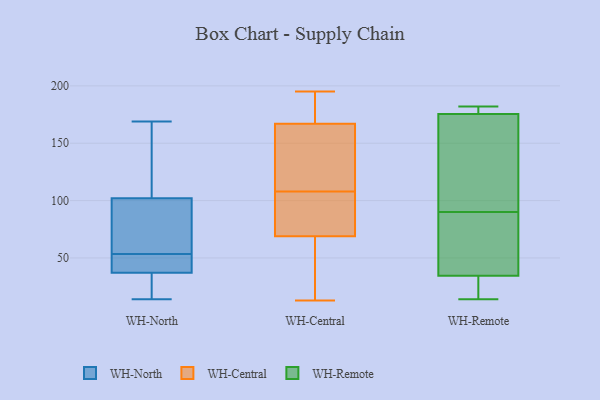
{"axis": {"x": "Revenue (USD Million)", "y": "Value"}, "legend": ["WH-Central", "WH-North", "WH-Remote"], "data": [{"x": "", "y": 14, "type": "WH-North"}, {"x": "", "y": 102, "type": "WH-North"}, {"x": "", "y": 79, "type": "WH-North"}, {"x": "", "y": 18, "type": "WH-North"}, {"x": "", "y": 108, "type": "WH-North"}, {"x": "", "y": 51, "type": "WH-North"}, {"x": "", "y": 56, "type": "WH-North"}, {"x": "", "y": 38, "type": "WH-North"}, {"x": "", "y": 37, "type": "WH-North"}, {"x": "", "y": 169, "type": "WH-North"}, {"x": "", "y": 21, "type": "WH-Central"}, {"x": "", "y": 192, "type": "WH-Central"}, {"x": "", "y": 108, "type": "WH-Central"}, {"x": "", "y": 69, "type": "WH-Central"}, {"x": "", "y": 102, "type": "WH-Central"}, {"x": "", "y": 69, "type": "WH-Central"}, {"x": "", "y": 13, "type": "WH-Central"}, {"x": "", "y": 148, "type": "WH-Central"}, {"x": "", "y": 172, "type": "WH-Central"}, {"x": "", "y": 195, "type": "WH-Central"}, {"x": "", "y": 148, "type": "WH-Central"}, {"x": "", "y": 162, "type": "WH-Central"}, {"x": "", "y": 108, "type": "WH-Central"}, {"x": "", "y": 77, "type": "WH-Central"}, {"x": "", "y": 52, "type": "WH-Central"}, {"x": "", "y": 95, "type": "WH-Central"}, {"x": "", "y": 126, "type": "WH-Central"}, {"x": "", "y": 176, "type": "WH-Central"}, {"x": "", "y": 185, "type": "WH-Central"}, {"x": "", "y": 24, "type": "WH-Central"}, {"x": "", "y": 179, "type": "WH-Remote"}, {"x": "", "y": 50, "type": "WH-Remote"}, {"x": "", "y": 96, "type": "WH-Remote"}, {"x": "", "y": 17, "type": "WH-Remote"}, {"x": "", "y": 172, "type": "WH-Remote"}, {"x": "", "y": 19, "type": "WH-Remote"}, {"x": "", "y": 76, "type": "WH-Remote"}, {"x": "", "y": 155, "type": "WH-Remote"}, {"x": "", "y": 182, "type": "WH-Remote"}, {"x": "", "y": 179, "type": "WH-Remote"}, {"x": "", "y": 14, "type": "WH-Remote"}, {"x": "", "y": 84, "type": "WH-Remote"}]}